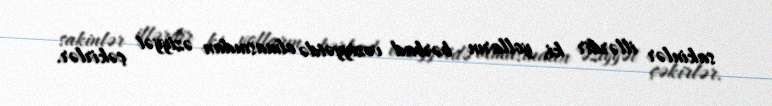
sakinlər illərdir ki, yolların bərbad vəziyyətdə olmasından əziyyət çəkirlər.